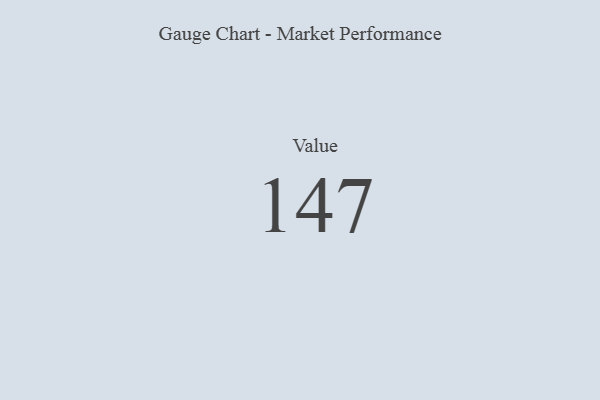
{"axis": {"x": "Metric", "y": "Value"}, "legend": [""], "data": [{"x": "Value", "y": 147, "type": ""}]}